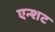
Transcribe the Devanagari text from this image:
एन्शट